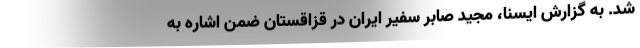
شد. به گزارش ایسنا، مجید صابر سفیر ایران در قزاقستان ضمن اشاره به